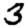
Digit: 3